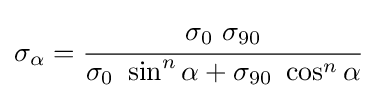
\sigma _{\alpha }={\cfrac {\sigma _{0}~\sigma _{90}}{\sigma _{0}~\sin ^{n}\alpha +\sigma _{90}~\cos ^{n}\alpha }}